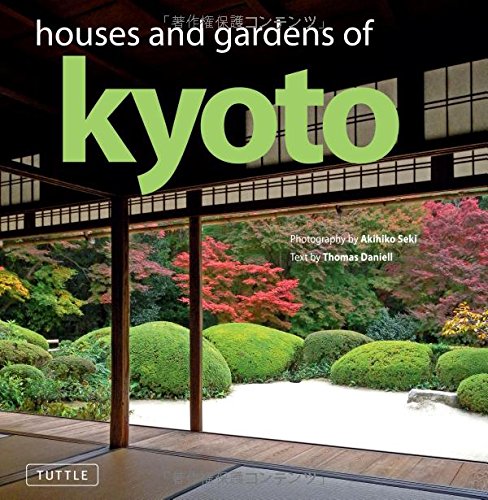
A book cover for Houses and Gardens of Kyoto; Thomas Daniell; Crafts, Hobbies & Home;